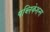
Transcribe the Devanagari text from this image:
पब्‍लिकेशन्‍स